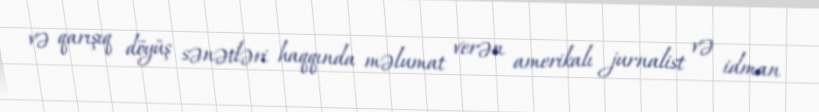
və qarışıq döyüş sənətləri haqqında məlumat verən amerikalı jurnalist və idman